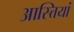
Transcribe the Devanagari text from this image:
आस्त्तियां